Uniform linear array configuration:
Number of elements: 32
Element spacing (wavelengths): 1
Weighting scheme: binomial
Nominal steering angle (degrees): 45
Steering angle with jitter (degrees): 45.443
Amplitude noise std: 0.05
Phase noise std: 0.05

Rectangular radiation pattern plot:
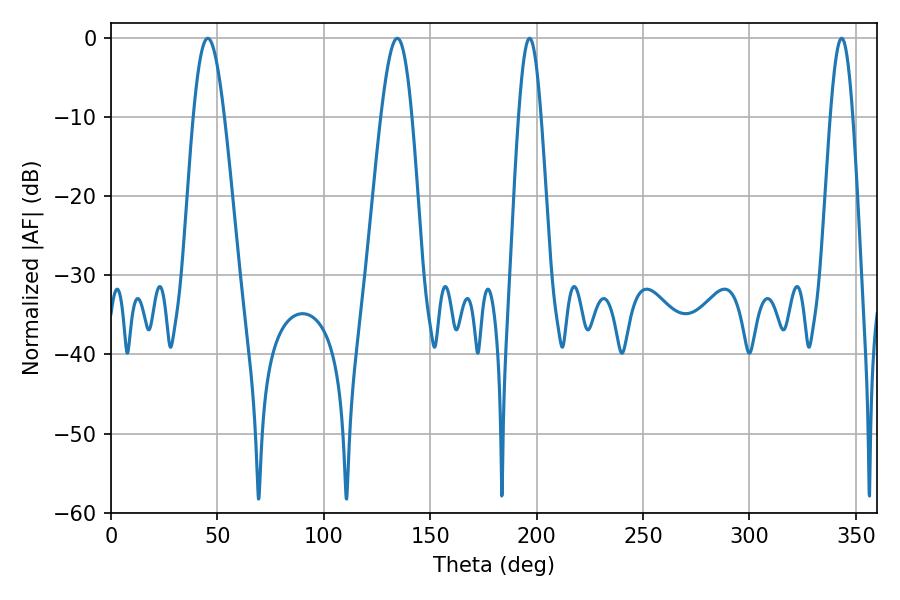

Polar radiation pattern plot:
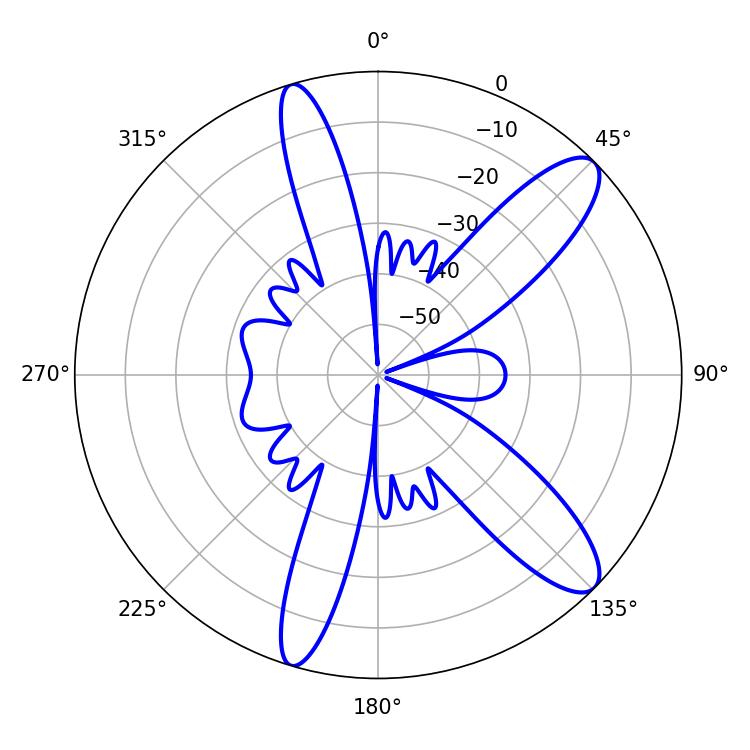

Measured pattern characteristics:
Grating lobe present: TRUE
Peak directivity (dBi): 11.233
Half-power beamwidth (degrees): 7.74
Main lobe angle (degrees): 45.54